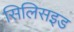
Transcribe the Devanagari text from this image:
सिलिसइड